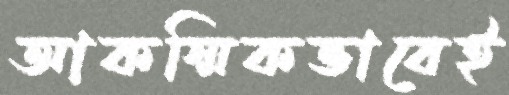
আকস্মিকভাবেই